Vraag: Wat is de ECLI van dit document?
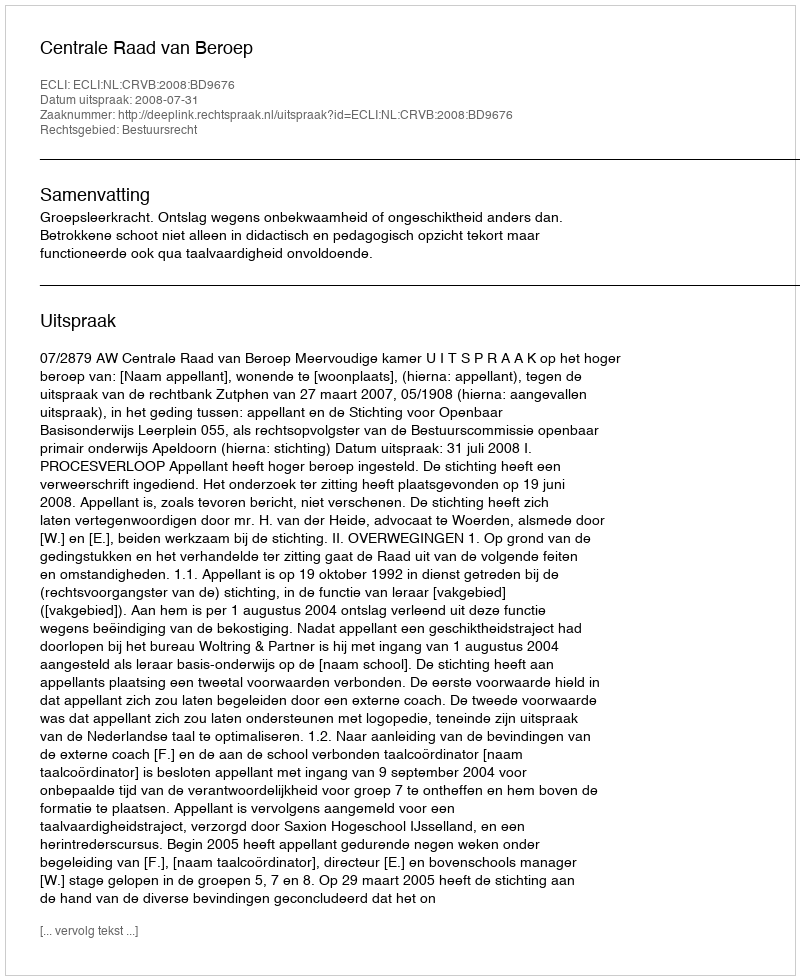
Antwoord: ECLI:NL:CRVB:2008:BD9676